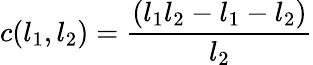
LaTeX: c(l_{1},l_{2})=\frac{(l_{1}l_{2}-l_{1}-l_{2})}{l_{2}}